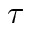
\tau